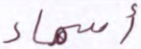
أسماء